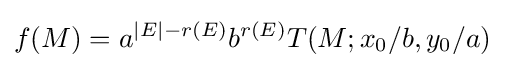
f(M)=a^{|E|-r(E)}b^{r(E)}T(M;x_{0}/b,y_{0}/a)